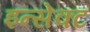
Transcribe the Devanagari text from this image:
इन्सेक्ट